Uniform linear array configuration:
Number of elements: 32
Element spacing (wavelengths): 0.75
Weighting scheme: exponential
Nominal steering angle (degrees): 30
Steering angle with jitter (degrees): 30.706
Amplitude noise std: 0.05
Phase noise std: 0.05

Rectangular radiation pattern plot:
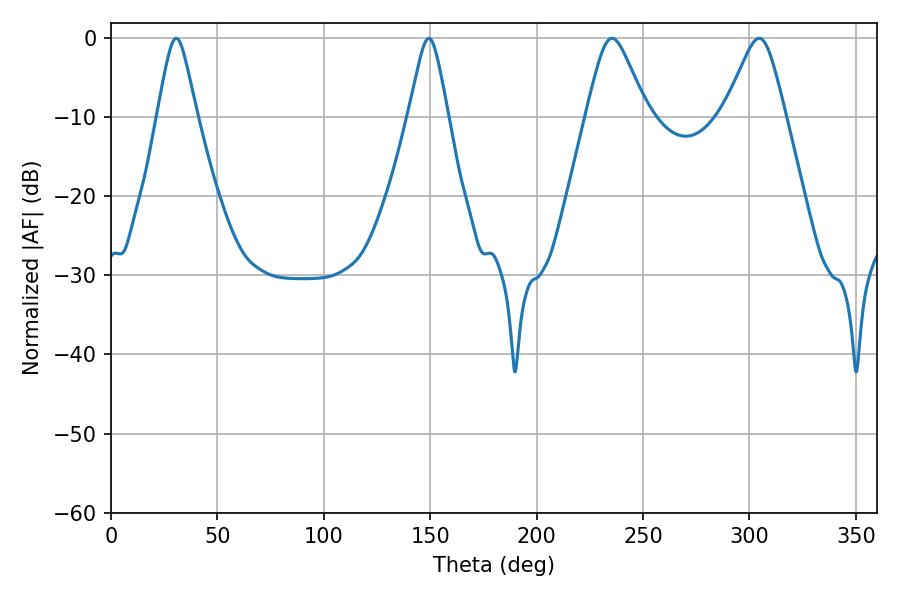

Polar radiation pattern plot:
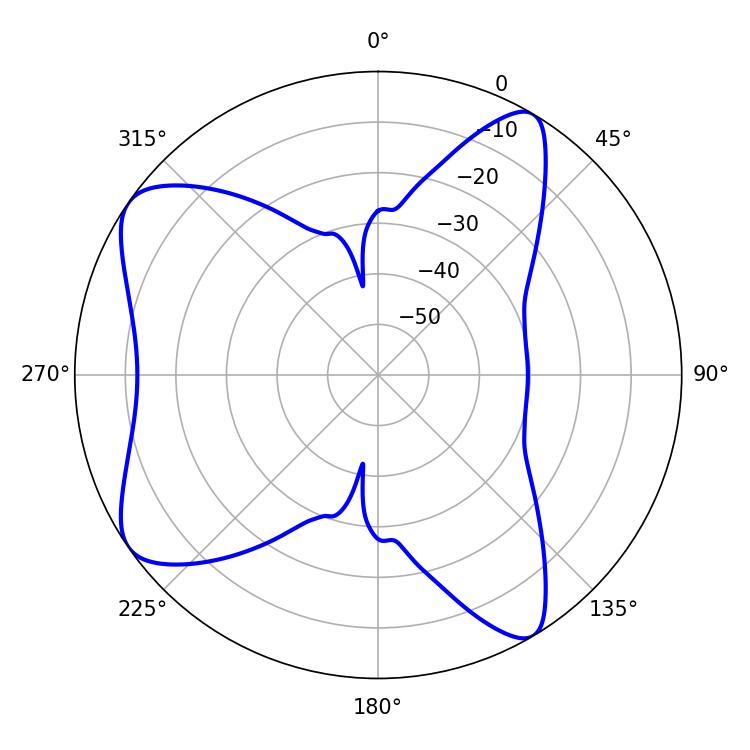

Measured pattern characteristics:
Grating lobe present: TRUE
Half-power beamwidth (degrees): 13.86
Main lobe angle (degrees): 235.44